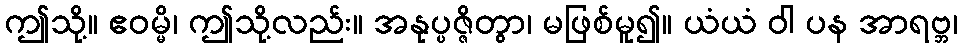
ဤသို့။ ဧဝမ္မိ၊ ဤသို့လည်း။ အနုပ္ပဇ္ဇိတွာ၊ မဖြစ်မူ၍။ ယံယံ ဝါ ပန အာရဗ္ဘ၊